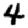
Digit: 4